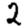
Digit: 2